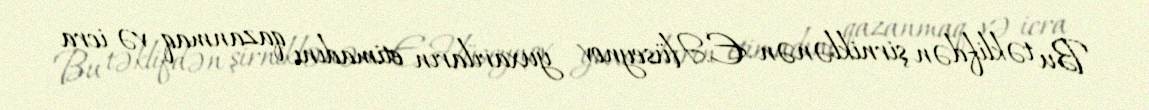
Bu təklifdən şirniklənən E.Hüseynov yuxarıların etimadını qazanmaq və icra